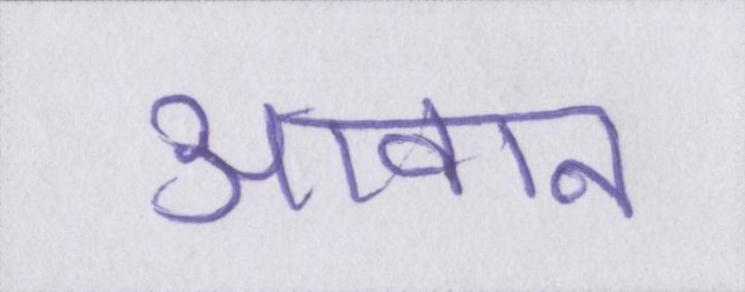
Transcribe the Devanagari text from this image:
आवान